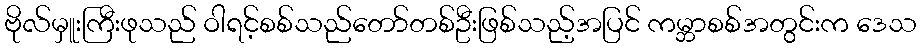
ဗိုလ်မှူးကြီးဖုသည် ဝါရင့်စစ်သည်တော်တစ်ဦးဖြစ်သည့်အပြင် ကမ္ဘာစစ်အတွင်းက ဒေသ